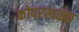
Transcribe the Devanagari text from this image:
कोपरखळ्या